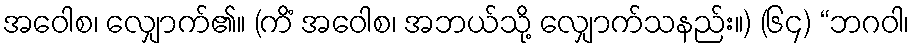
အဝေါစ၊ လျှောက်၏။ (ကိံ အဝေါစ၊ အဘယ်သို့ လျှောက်သနည်း။) (၆၄) “ဘဂဝါ၊